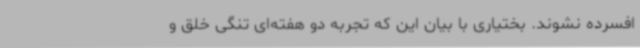
افسرده نشوند. بختیاری با بیان این که تجربه دو هفته‌ای تنگی خلق و